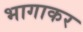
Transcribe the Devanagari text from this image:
भागाकर